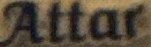
Attar